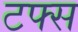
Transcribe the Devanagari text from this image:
टफ्स